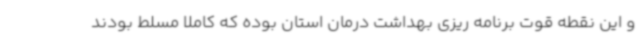
و این نقطه قوت برنامه ریزی بهداشت درمان استان بوده که کاملا مسلط بودند